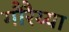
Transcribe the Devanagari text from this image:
गौरैय्या